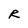
Character: R